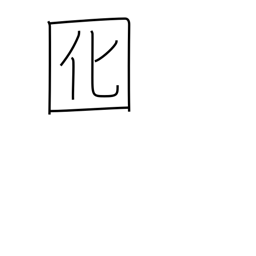
Meaning: lure